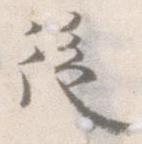
後